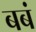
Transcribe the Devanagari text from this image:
बबं